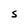
Character: S